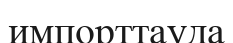
импорттауда